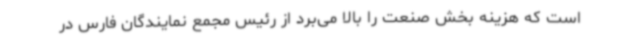
است که هزینه بخش صنعت را بالا می‌برد از رئیس مجمع نمایندگان فارس در